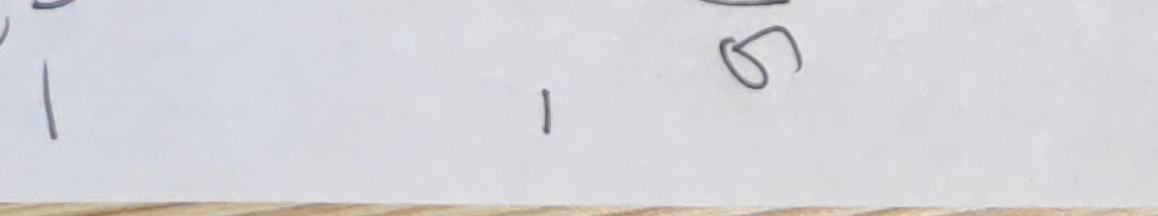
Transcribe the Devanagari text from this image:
१  ५